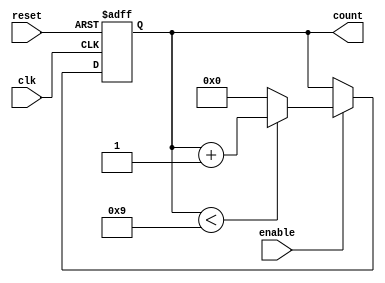
module bcd_up_counter_enable (
    input wire clk,
    input wire reset,
    input wire enable,
    output reg [3:0] count
);

always @(posedge clk or posedge reset) begin
    if (reset) begin
        count <= 4'h0;
    end else if (enable) begin
        if (count < 4'h9) begin
            count <= count + 1;
        end else begin
            count <= 4'h0;
        end
    end
end

endmodule